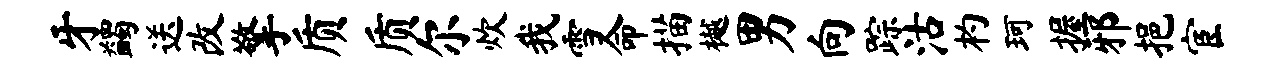
牙蠲送改擎质质尔炊我雪命描樾男向踪沽杓珂握邪挹宦